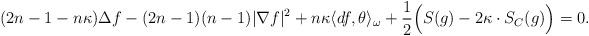
LaTeX: \begin{align*}(2n-1-n\kappa)\Delta f-(2n-1)(n-1)|\nabla f|^2+n\kappa\langle df, \theta\rangle_{\omega}+\frac{1}{2}\Big(S(g)-2\kappa \cdot S_C(g)\Big)=0.\end{align*}